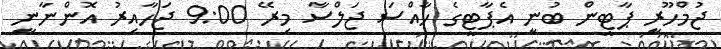
ޖުމްހޫރީ ޕާޓީން ބުނީ އެޕާޓީގެ ހާއްސަ ޖަލްސާ މިރޭ 9:00 ޖަހާއިރު އޮންނާނީ